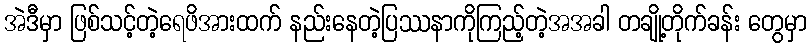
အဲဒီမှာ ဖြစ်သင့်တဲ့ရေဖိအားထက် နည်းနေတဲ့ပြဿနာကိုကြည့်တဲ့အအခါ တချို့တိုက်ခန်း တွေမှာ